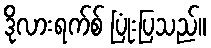
ဒိုလားရက်စ် ပြုံးပြသည်။